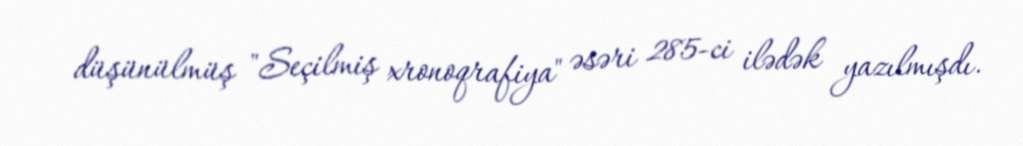
düşünülmüş "Seçilmiş xronoqrafiya" əsəri 285-ci ilədək yazılmışdı.